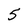
Character: 5